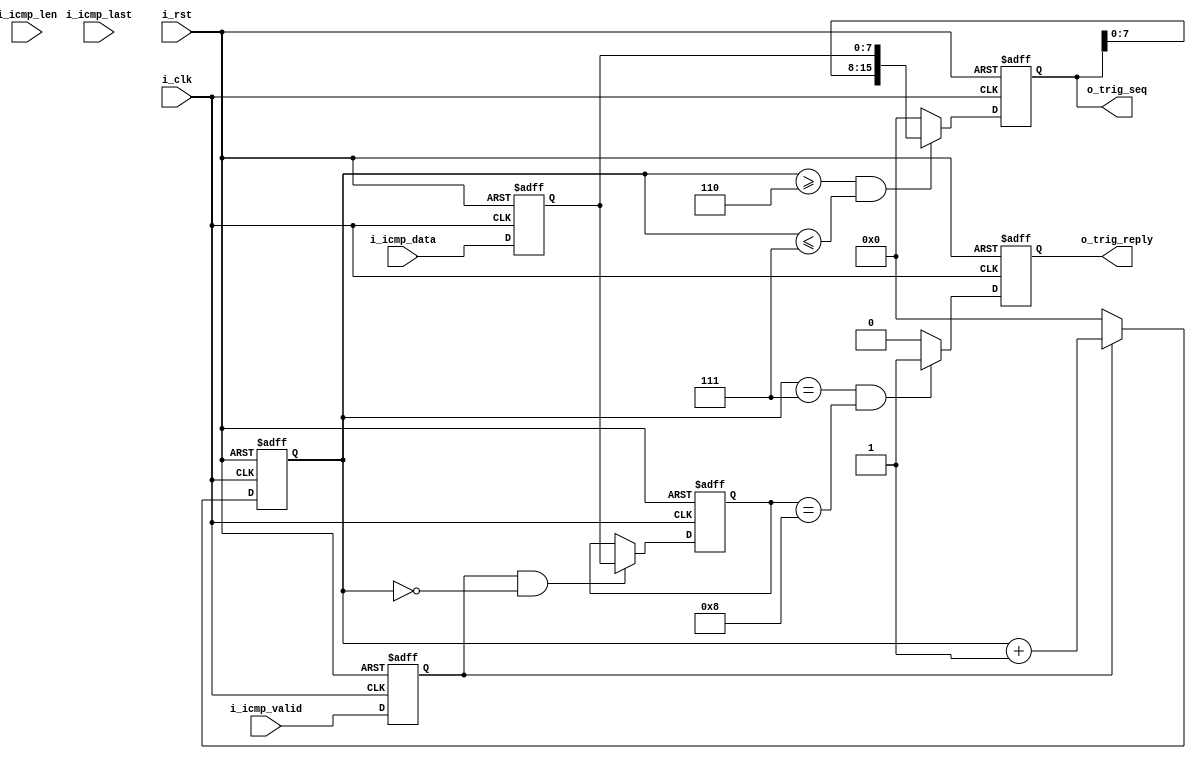
`timescale 1ns / 1ps
//////////////////////////////////////////////////////////////////////////////////
// Company: 
// Engineer: 
// 
// Design Name: 
// Module Name: ICMP_RX
// Project Name: 
// Target Devices: 
// Tool Versions: 
// Description: 
// 
// Dependencies: 
// 
// Revision:
// Revision 0.01 - File Created
// Additional Comments:
// 
//////////////////////////////////////////////////////////////////////////////////


module ICMP_RX(
    input               i_clk           ,
    input               i_rst           ,
    /*----recv port----*/
    input  [7 :0]       i_icmp_data     ,
    input  [15:0]       i_icmp_len      ,
    input               i_icmp_last     ,
    input               i_icmp_valid    ,
    /*----send port----*/
    output              o_trig_reply    ,
    output [15:0]       o_trig_seq        
);
/******************************function***************************/

/******************************parameter**************************/
localparam      P_ICMP_REPLY_TYPE   =   8'd0;
localparam      P_ICMP_REQ_TYPE     =   8'd8;
/******************************port*******************************/

/******************************machine****************************/

/******************************reg********************************/
reg  [7 :0]     ri_icmp_data    ;
reg  [15:0]     ri_icmp_len     ;
reg             ri_icmp_last    ;
reg             ri_icmp_valid   ;
reg             ro_trig_reply   ;
reg  [15:0]     ro_trig_seq     ;
//ICMP
reg  [15:0]     r_recv_icmp_cnt ;
reg  [7 :0]     r_icmp_type     ;
/******************************wire*******************************/

/******************************component**************************/

/******************************assign*****************************/
assign  o_trig_reply    =   ro_trig_reply   ;
assign  o_trig_seq      =   ro_trig_seq     ;
/******************************always*****************************/
always @(posedge i_clk or posedge i_rst) begin
    if(i_rst) begin
        ri_icmp_data  <= 'd0;
        ri_icmp_len   <= 'd0;
        ri_icmp_last  <= 'd0;
        ri_icmp_valid <= 'd0;        
    end
    else begin
        ri_icmp_data  <= i_icmp_data ;
        ri_icmp_len   <= i_icmp_len  ;
        ri_icmp_last  <= i_icmp_last ;
        ri_icmp_valid <= i_icmp_valid;         
    end
end

always @(posedge i_clk or posedge i_rst) begin
    if(i_rst)
        r_recv_icmp_cnt <= 'd0;
    else if(ri_icmp_valid)
        r_recv_icmp_cnt <= r_recv_icmp_cnt + 'd1;
    else
        r_recv_icmp_cnt <= 'd0;
end

always @(posedge i_clk or posedge i_rst) begin
    if(i_rst)
        r_icmp_type <= 'd0;
    else if(ri_icmp_valid && r_recv_icmp_cnt == 0)
        r_icmp_type <= ri_icmp_data;
    else
        r_icmp_type <= r_icmp_type;
end

always @(posedge i_clk or posedge i_rst) begin
    if(i_rst)
        ro_trig_reply <= 'd0;
    else if(r_recv_icmp_cnt == 7 && r_icmp_type == P_ICMP_REQ_TYPE)//7
        ro_trig_reply <= 'd1;
    else
        ro_trig_reply <= 'd0;
end

always @(posedge i_clk or posedge i_rst) begin
    if(i_rst)
        ro_trig_seq <= 'd0;
    else if(r_recv_icmp_cnt >= 6 && r_recv_icmp_cnt <= 7)
        ro_trig_seq <= {ro_trig_seq[7:0],ri_icmp_data};
    else
        ro_trig_seq <= 'd0;
end

endmodule